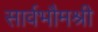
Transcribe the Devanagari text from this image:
सार्वभौमश्री